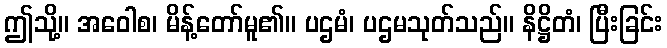
ဤသို့။ အဝေါစ၊ မိန့်တော်မူ၏။ ပဌမံ၊ ပဌမသုတ်သည်။ နိဋ္ဌိတံ၊ ပြီးခြင်း